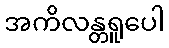
အကိလန္တရူပေါ